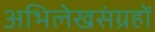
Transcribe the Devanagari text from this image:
अभिलेखसंग्रहों